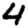
Digit: 4